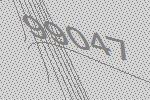
99047